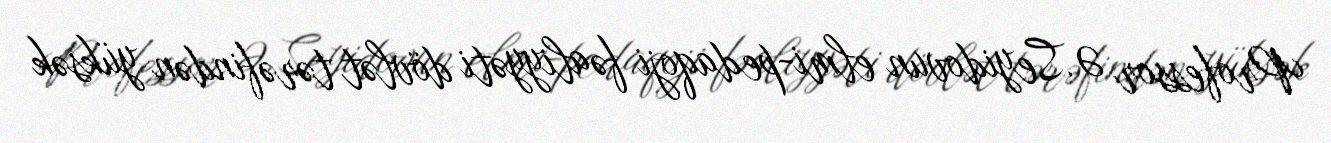
Professor Ə.Seyidovun elmi-pedaqoji fəaliyyəti dövlət tərəfindən yüksək